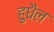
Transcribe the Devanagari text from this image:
हुधैल